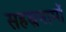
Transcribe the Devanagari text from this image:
सहस्रनामों